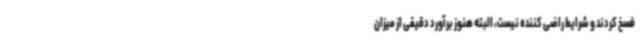
فسخ کردند و شرایط راضی کننده نیست، البته هنوز برآورد دقیقی از میزان